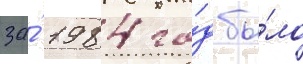
за́ 1984 го́д бы́ло